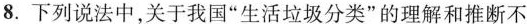
8.下列说法中，关于我国“生活垃圾分类”的理解和推断不